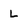
Character: L